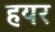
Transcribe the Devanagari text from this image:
हयर